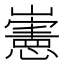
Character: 𡾢